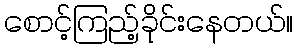
စောင့်ကြည့်ခိုင်းနေတယ်။